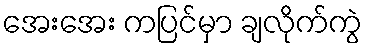
အေးအေး ကပြင်မှာ ချလိုက်ကွဲ